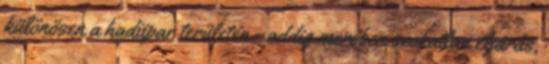
különösen a hadiipar területén - addig merőben szokatlan eljárás,